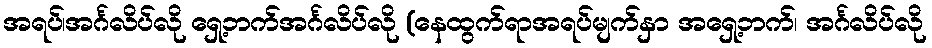
အရပ်၊အင်္ဂလိပ်လို ရှေ့ဘက်အင်္ဂလိပ်လို (နေထွက်ရာအရပ်မျက်နှာ အရှေ့ဘက်၊ အင်္ဂလိပ်လို